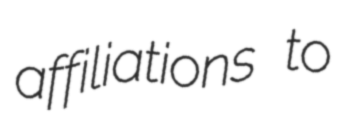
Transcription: affiliations to